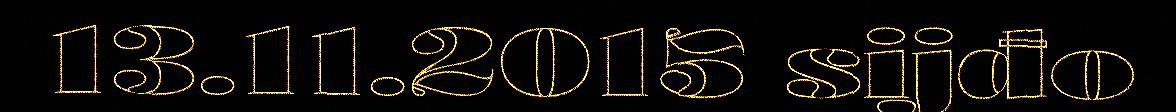
13.11.2015 sijđo